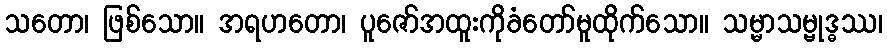
သတော၊ ဖြစ်သော။ အရဟတော၊ ပူဇော်အထူးကိုခံတော်မူထိုက်သော။ သမ္မာသမ္ဗုဒ္ဓဿ၊